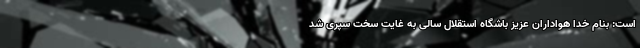
است: بنام خدا هواداران عزیز باشگاه استقلال سالی به غایت سخت سپری شد